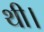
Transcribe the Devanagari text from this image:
थी।